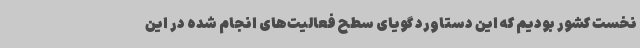
نخست کشور بودیم که این دستاورد گویای سطح فعالیت‌های انجام شده در این